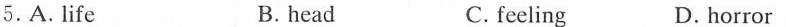
5.A. Life B.head C. feeling D.horror